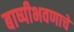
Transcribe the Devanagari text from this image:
बाष्पीभवणाचे